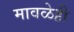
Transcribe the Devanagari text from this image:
मावळेही